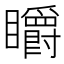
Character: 䂃